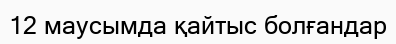
12 маусымда қайтыс болғандар